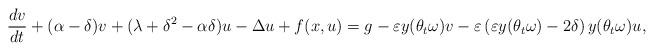
LaTeX: \begin{align*} {\frac {dv}{dt}} + (\alpha -\delta) v + (\lambda + \delta^2 -\alpha \delta) u -\Delta u + f(x, u) =g - \varepsilon y(\theta_t \omega) v -\varepsilon \left ( \varepsilon y(\theta_t \omega) -2\delta \right ) y(\theta_t \omega)u, \end{align*}